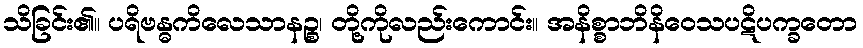
သိခြင်း၏။ ပရိဗန္ဓကိလေသာနဉ္စ၊ တို့ကိုလည်းကောင်း။ အနိစ္စာဘိနိဝေသပဋိပက္ခတော